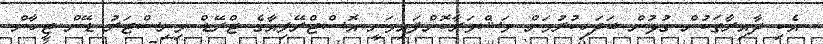
އެކި ދާއިރާތަކުން ގުޅުން ބަދަހިކުރުމަށް މަޝްވަރާކޮށްފައިވަނީ އޮސްޓްރޭލިއާގެ ޓްރޭޑް މިނިސްޓަރު ޑޭން ޓީހާން